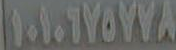
١١٠١٠١٧٥٧٧٨